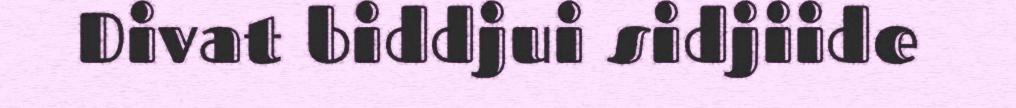
Divat biddjui sidjiide